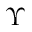
\Upsilon